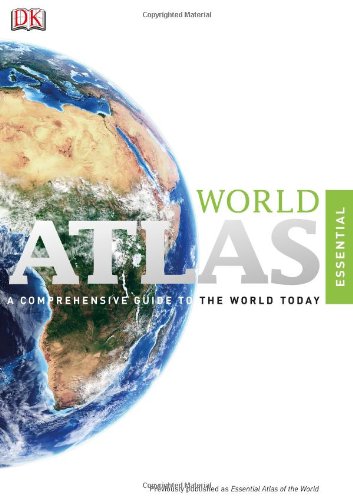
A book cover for Essential World Atlas (Eighth Edition); DK Publishing; Reference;